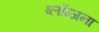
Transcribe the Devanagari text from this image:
ब्लॉग्जना